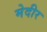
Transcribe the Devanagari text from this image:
मेदीर